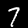
Digit: 7